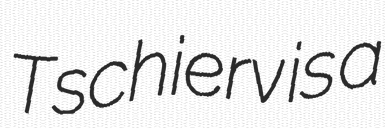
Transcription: Tschierv is a